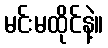
မင်းမထိုင်နဲ့။